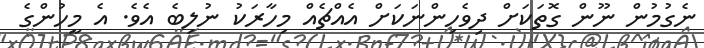
ނެގުމުން ނޫން ގޮތަކަށް ދިވެހިންނަކަށް އެއްޗެއް މިހާރަކު ނުލިބެ އެވެ. އެ މީހުންގެ